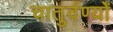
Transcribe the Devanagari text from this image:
चातुर्वर्ण्यों